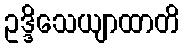
ဥဒ္ဒိသေယျာထာတိ